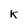
Character: K